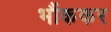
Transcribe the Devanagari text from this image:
भौंककर